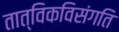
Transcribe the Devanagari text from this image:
तात्विकविसंगति